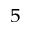
_ { 5 }